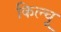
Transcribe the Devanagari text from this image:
किल्चू